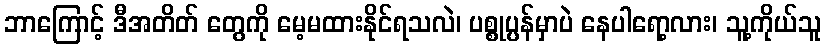
ဘာကြောင့် ဒီအတိတ် တွေကို မေ့မထားနိုင်ရသလဲ၊ ပစ္စုပ္ပန်မှာပဲ နေပါရော့လား၊ သူ့ကိုယ်သူ